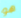
هو